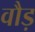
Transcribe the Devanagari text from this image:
वौड़